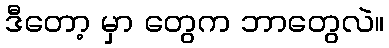
ဒီတော့ မှာ တွေက ဘာတွေလဲ။